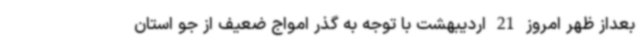
بعداز ظهر امروز 21 اردیبهشت با توجه به گذر امواج ضعیف از جو استان